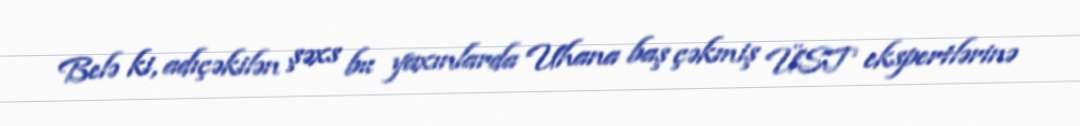
Belə ki, adıçəkilən şəxs bu yaxınlarda Uhana baş çəkmiş ÜST ekspertlərinə